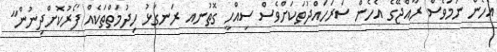
އެހެން ނަމަވެސް ރާއްޖޭގެ އެހެން ސަރަހައްދުތަކަށްވެސް ސިއްހީ ގޮތުނއ ރަނގަޅު ހިދުމަތްތަކެއް ފޯރުކޮށްދިނުން"